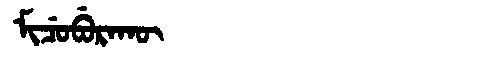
Manchu: ᠮᡳᠴᡠᠪᡠᡵᠠᡴᡡ
Romanization: MICUBURAKŪ